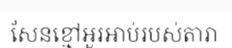
សែនខ្មៅអួរអាប់របស់តារា